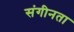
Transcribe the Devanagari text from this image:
संगीनता